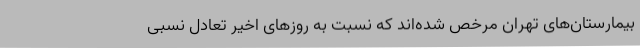
بیمارستان‌های تهران مرخص شده‌اند که نسبت به روزهای اخیر تعادل نسبی